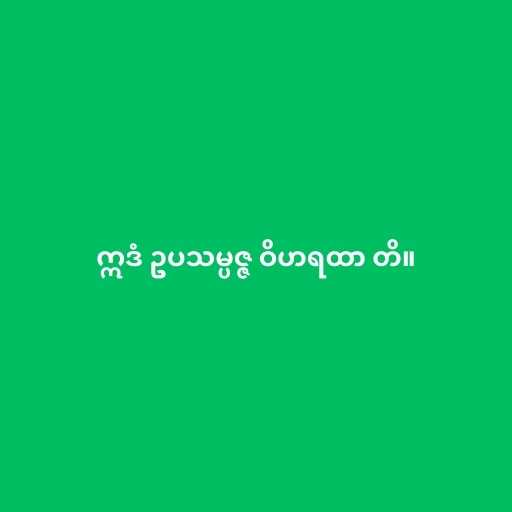
ဣဒံ ဥပသမ္ပဇ္ဇ ဝိဟရထာ တိ။